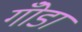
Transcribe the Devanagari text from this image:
गोँडा